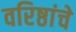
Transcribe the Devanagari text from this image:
वरिष्ठांचे